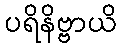
ပရိနိဗ္ဗာယိ